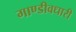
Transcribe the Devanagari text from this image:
गाण्डीवधारी